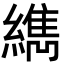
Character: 𦆈